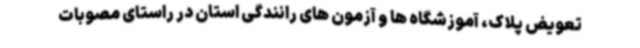
تعویض پلاک، آموزشگاه ها و آزمون های رانندگی استان در راستای مصوبات